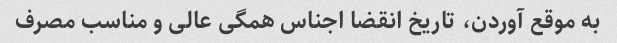
به موقع آوردن، تاریخ انقضا اجناس همگی عالی و مناسب مصرف